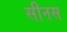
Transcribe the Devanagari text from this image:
सीनस